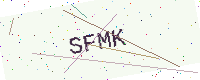
Text: SFMK